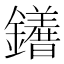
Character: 𨯆